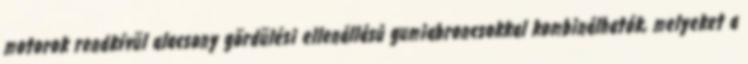
motorok rendkívül alacsony gördülési ellenállású gumiabroncsokkal kombinálhatók, melyeket a